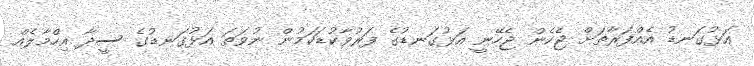
އަޅުގަނޑު އެއްފަރާތަށް ޖެހެން ޖެހޭނީ އަޅުގަނޑުގެ ފަރުވާކުޑަކަމުން ނުވަތަ އަޅުގަނޑުގެ ސީދާ އިހްމާލެއް